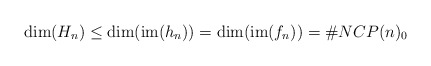
\begin{align*}\mathrm{dim}(H_n) \leq \mathrm{dim}(\mathrm{im}(h_n)) = \mathrm{dim}(\mathrm{im}(f_n)) = \#NCP(n)_0\end{align*}